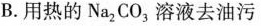
B.用热的N_{2